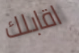
اقابلك